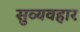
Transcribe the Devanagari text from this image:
सुव्यवहार